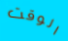
الوقت